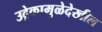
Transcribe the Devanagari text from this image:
उद्रेकामुळेदेखील